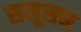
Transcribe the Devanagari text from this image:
सलूसन